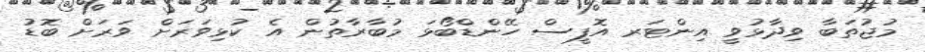
މުޖުތަބާ ވިދާޅުވީ އިންޓަރ އޮފީސް ހޭންޑްބޯޅަ މުބާރާތުން އެ ކުޅިވަރަށް ވަރަށް ބޮޑު